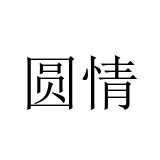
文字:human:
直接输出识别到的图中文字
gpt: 圆情